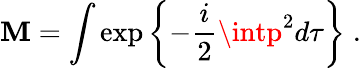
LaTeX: {\cal\mathbf{M}}=\int\exp\left\{ -\frac{{i}}{{2}}\intp^{2}d\tau\right\} \; .